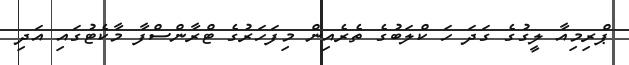
ޕްރިމިއާ ލީގުގެ ގަދަ ހަ ކްލަބުގެ ތެރެއިން މިފަހަރުގެ ޓްރާންސްފާ މާކެޓުގައި އަދި